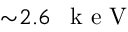
{ \sim } 2 . 6 \mathrm { ~ \, ~ k ~ e ~ V ~ }